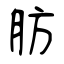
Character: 肪